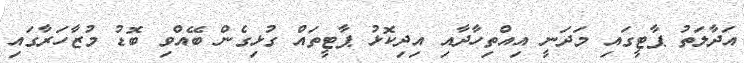
އަދާލަތު ޕާޓީގައި މަދަނީ އިއްތިހާދާއި އިދިކޮޅު ޕާޓީތައް ގުޅިގެން ބޭއްވި ބޮޑު މުޒާހަރާގައި